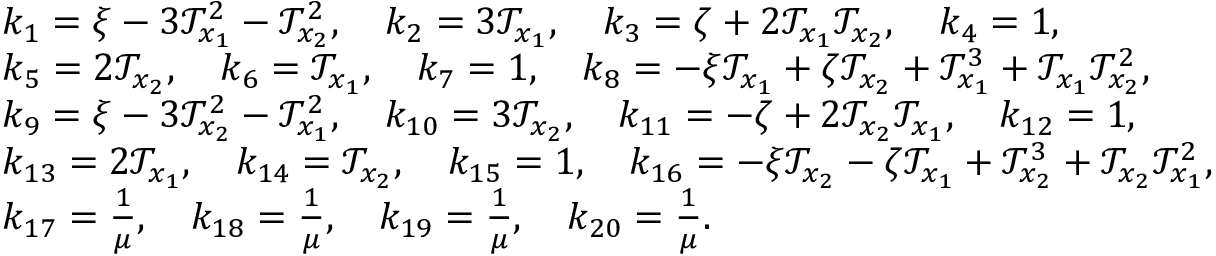
\begin{array} { r l } & { k _ { 1 } = \xi - 3 \mathcal { T } _ { x _ { 1 } } ^ { 2 } - \mathcal { T } _ { x _ { 2 } } ^ { 2 } , \quad k _ { 2 } = 3 \mathcal { T } _ { x _ { 1 } } , \quad k _ { 3 } = \zeta + 2 \mathcal { T } _ { x _ { 1 } } \mathcal { T } _ { x _ { 2 } } , \quad k _ { 4 } = 1 , } \\ & { k _ { 5 } = 2 \mathcal { T } _ { x _ { 2 } } , \quad k _ { 6 } = \mathcal { T } _ { x _ { 1 } } , \quad k _ { 7 } = 1 , \quad k _ { 8 } = - \xi \mathcal { T } _ { x _ { 1 } } + \zeta \mathcal { T } _ { x _ { 2 } } + \mathcal { T } _ { x _ { 1 } } ^ { 3 } + \mathcal { T } _ { x _ { 1 } } \mathcal { T } _ { x _ { 2 } } ^ { 2 } , } \\ & { k _ { 9 } = \xi - 3 \mathcal { T } _ { x _ { 2 } } ^ { 2 } - \mathcal { T } _ { x _ { 1 } } ^ { 2 } , \quad k _ { 1 0 } = 3 \mathcal { T } _ { x _ { 2 } } , \quad k _ { 1 1 } = - \zeta + 2 \mathcal { T } _ { x _ { 2 } } \mathcal { T } _ { x _ { 1 } } , \quad k _ { 1 2 } = 1 , } \\ & { k _ { 1 3 } = 2 \mathcal { T } _ { x _ { 1 } } , \quad k _ { 1 4 } = \mathcal { T } _ { x _ { 2 } } , \quad k _ { 1 5 } = 1 , \quad k _ { 1 6 } = - \xi \mathcal { T } _ { x _ { 2 } } - \zeta \mathcal { T } _ { x _ { 1 } } + \mathcal { T } _ { x _ { 2 } } ^ { 3 } + \mathcal { T } _ { x _ { 2 } } \mathcal { T } _ { x _ { 1 } } ^ { 2 } , } \\ & { k _ { 1 7 } = \frac { 1 } { \mu } , \quad k _ { 1 8 } = \frac { 1 } { \mu } , \quad k _ { 1 9 } = \frac { 1 } { \mu } , \quad k _ { 2 0 } = \frac { 1 } { \mu } . } \end{array}